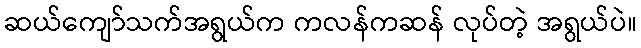
ဆယ်ကျော်သက်အရွယ်က ကလန်ကဆန် လုပ်တဲ့ အရွယ်ပဲ။